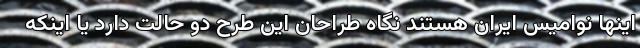
اینها نوامیس ایران هستند نگاه طراحان این طرح دو حالت دارد یا اینکه